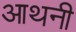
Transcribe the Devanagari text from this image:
आथनी